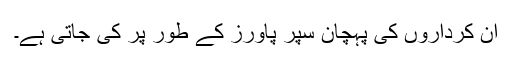
ان کرداروں کی پہچان سپر پاورز کے طور پر کی جاتی ہے۔